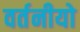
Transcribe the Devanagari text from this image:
वर्तनीयो